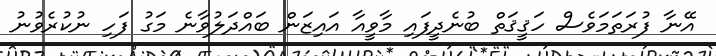
އޭނާ ފުރަތަމަވެސް ހަޤީޤަތް ބުނެދީފައި މާވީއާ އައިޒަން ބައްދަލުވާނެ މަގު ފަހި ނުކުރެވުނު